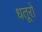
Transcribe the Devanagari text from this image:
धतूरो